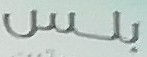
بلس